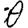
Digit: 0